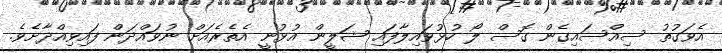
އެވަގުތު ސިއްސައިގެން ގޮސް ލޯ ހުޅުވައިލާފައި ޝަލީން އުޅުނީ އެތެރެއަށް ނުވައްދަން ފައިވިއްދާށެވެ.